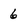
Character: 6